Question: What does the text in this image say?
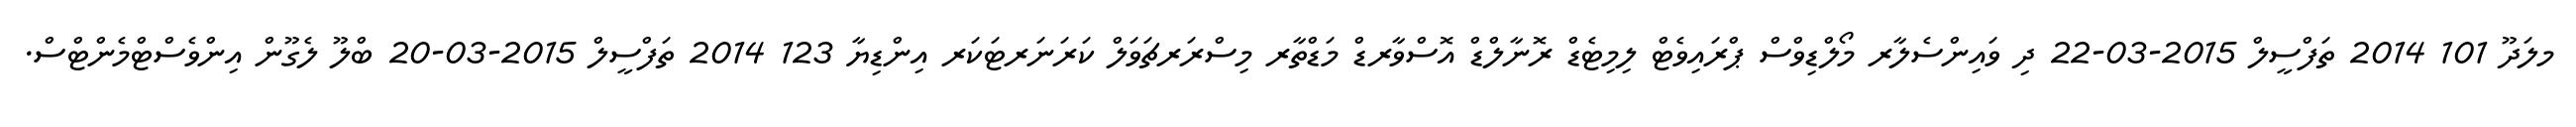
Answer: މލަދޫ 101 2014 ތަފްސީލް 2015-03-22 ދި ވައިންސެލާރ މޯލްޑިވްސް ޕްރައިވެޓް ލިމިޓެޑް ރޮނާލްޑް އޮސްވާރޑް މަޑްތާރ މިސްރަރޗަވަލް ކަރަނަރޓަކަރ އިންޑިޔާ 123 2014 ތަފްސީލް 2015-03-20 ބްލޫ ލެގޫން އިންވެސްޓްމެންޓްސް.